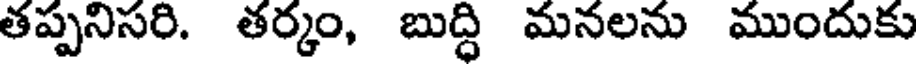
తప్పనిసరి. తర్కం, బుద్ధి మనలను ముందుకు